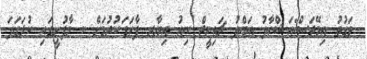
ވަގުތު އިމޭޖަސް:އަޝްހާދު އަބްދު ޗައިނީޒް ނިއު އިޔާރ ފާހަގަކުރުމަށް ކ މާފުށީގައި ކުލަގަދަ